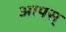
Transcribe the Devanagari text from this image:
आपस्‌